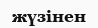
жүзінен